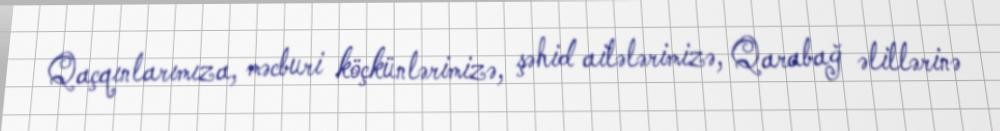
Qaçqınlarımıza, məcburi köçkünlərimizə, şəhid ailələrimizə, Qarabağ əlillərinə